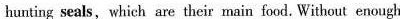
hunting seals, which are their main food. Without enough